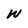
Character: W